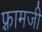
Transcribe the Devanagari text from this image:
फ़्रामजी